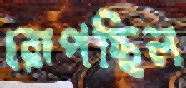
রোপছিল